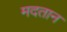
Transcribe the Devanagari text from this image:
मदतान